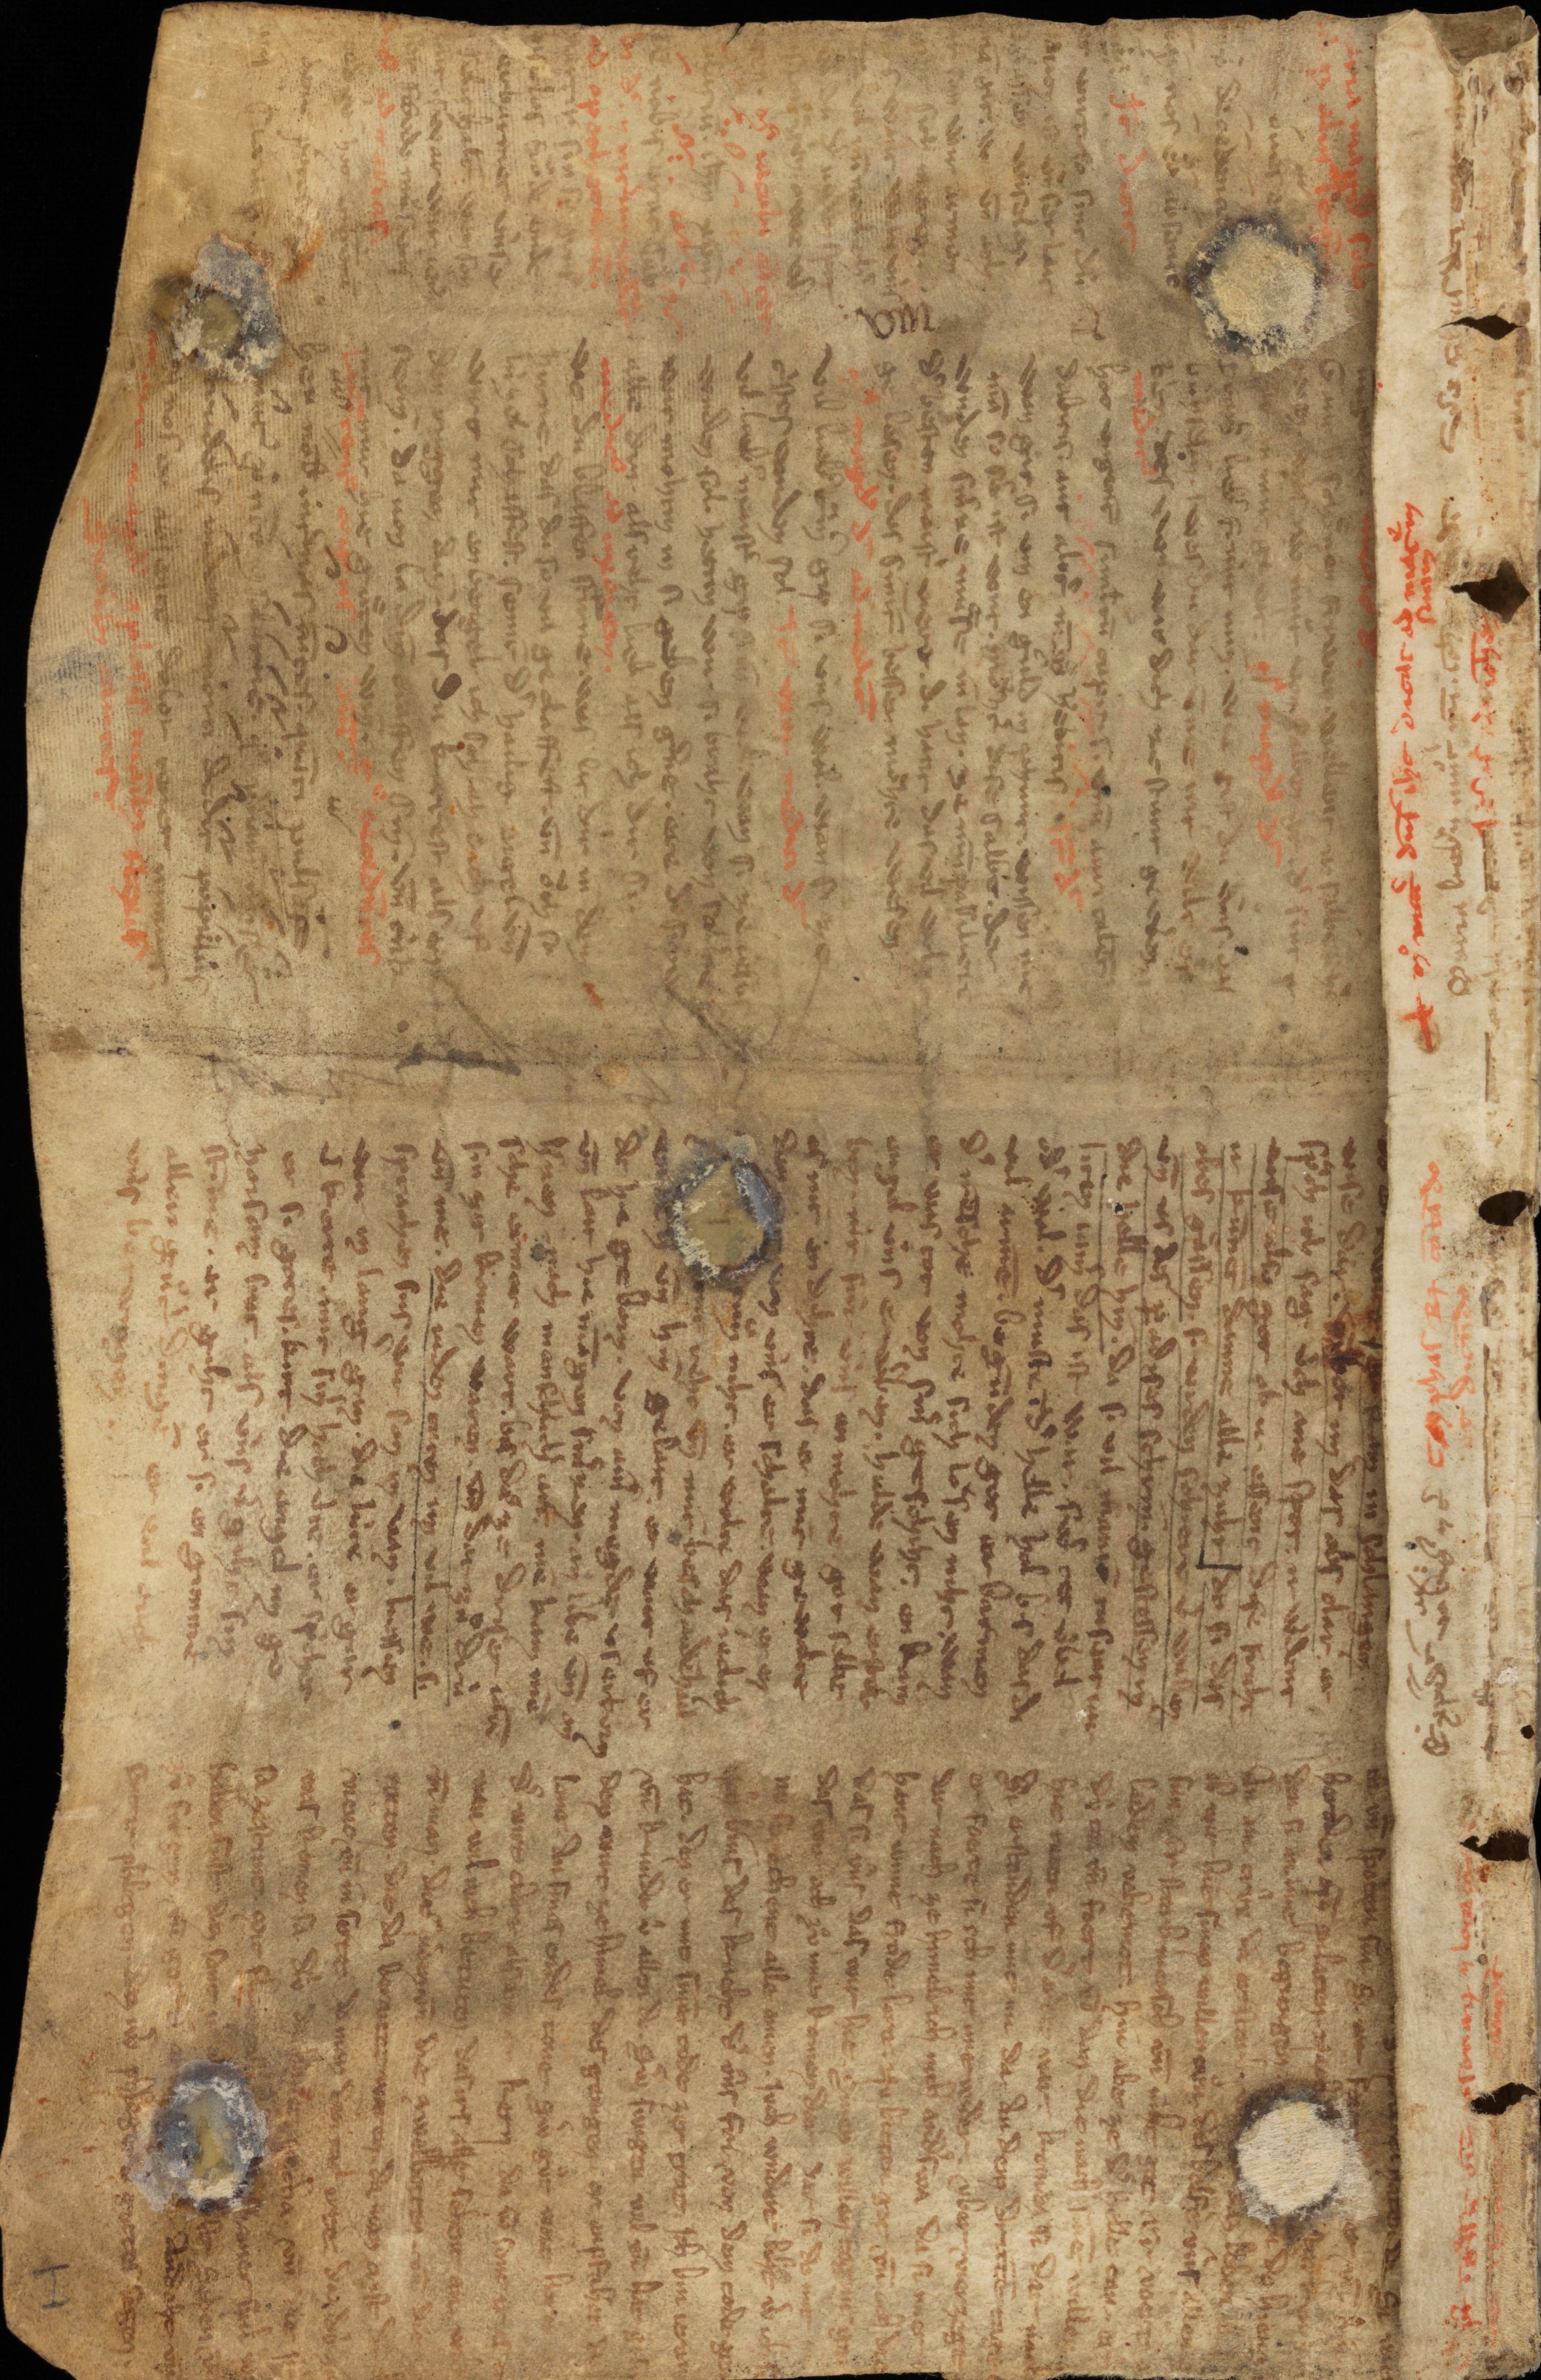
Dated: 1300–1349